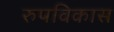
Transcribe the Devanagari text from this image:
रुपविकास